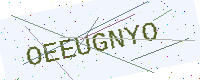
Text: OEEUGNYO